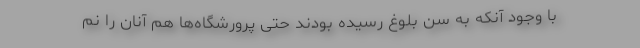
با وجود آنکه به سن بلوغ رسیده بودند حتی پرورشگاه‌ها هم آنان را نم